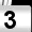
Digit: 3